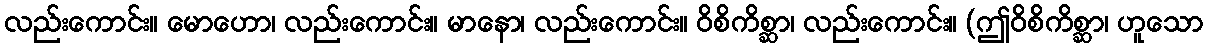
လည်းကောင်း။ မောဟော၊ လည်းကောင်း။ မာနော၊ လည်းကောင်း။ ဝိစိကိစ္ဆာ၊ လည်းကောင်း။ (ဤဝိစိကိစ္ဆာ၊ ဟူသော